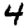
Digit: 4